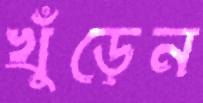
খুঁড়েন